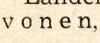
v o n e n,